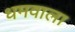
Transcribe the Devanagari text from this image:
धमवाला